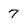
Character: 7